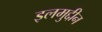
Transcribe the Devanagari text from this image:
इलमुद्दीन